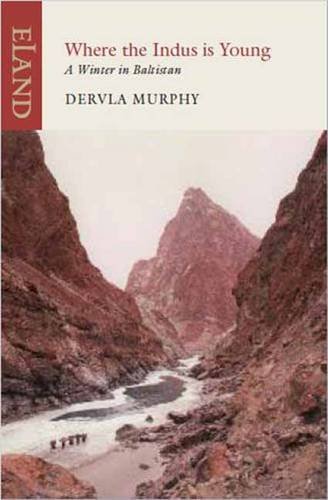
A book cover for Where the Indus is Young: A Winter in Baltistan; Dervla Murphy; Travel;